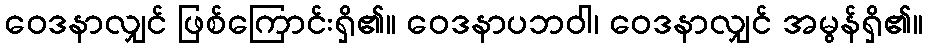
ဝေဒနာလျှင် ဖြစ်ကြောင်းရှိ၏။ ဝေဒနာပဘဝါ၊ ဝေဒနာလျှင် အမွန်ရှိ၏။